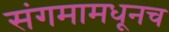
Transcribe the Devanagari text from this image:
संगमामधूनच